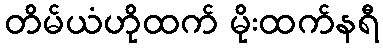
တိမ်ယံဟိုထက် မိုးထက်နရီ